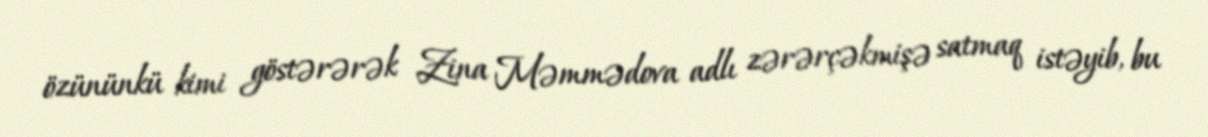
özününkü kimi göstərərək Zina Məmmədova adlı zərərçəkmişə satmaq istəyib, bu